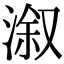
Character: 溆